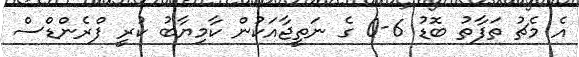
އެ މެޗު ތަފާތު ބޮޑު 6-0 ގެ ނަތީޖާއަކުން ކާމިޔާބު ކުރީ ފްރެންޑްސް